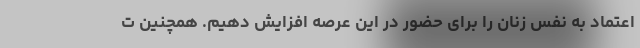
اعتماد به نفس زنان را برای حضور در این عرصه افزایش دهیم. همچنین ت